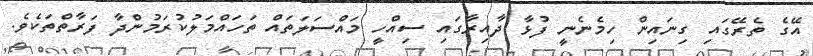
އޭގެ ތެރޭގައި ގިނައިން ހިމެނެނީ ފުޅާ ދާއިރާގައި ސިއްހީ މައްސަލަތައް ތަހައްމަލުކުރަމުންދާ ފަރާތްތަކެވެ.